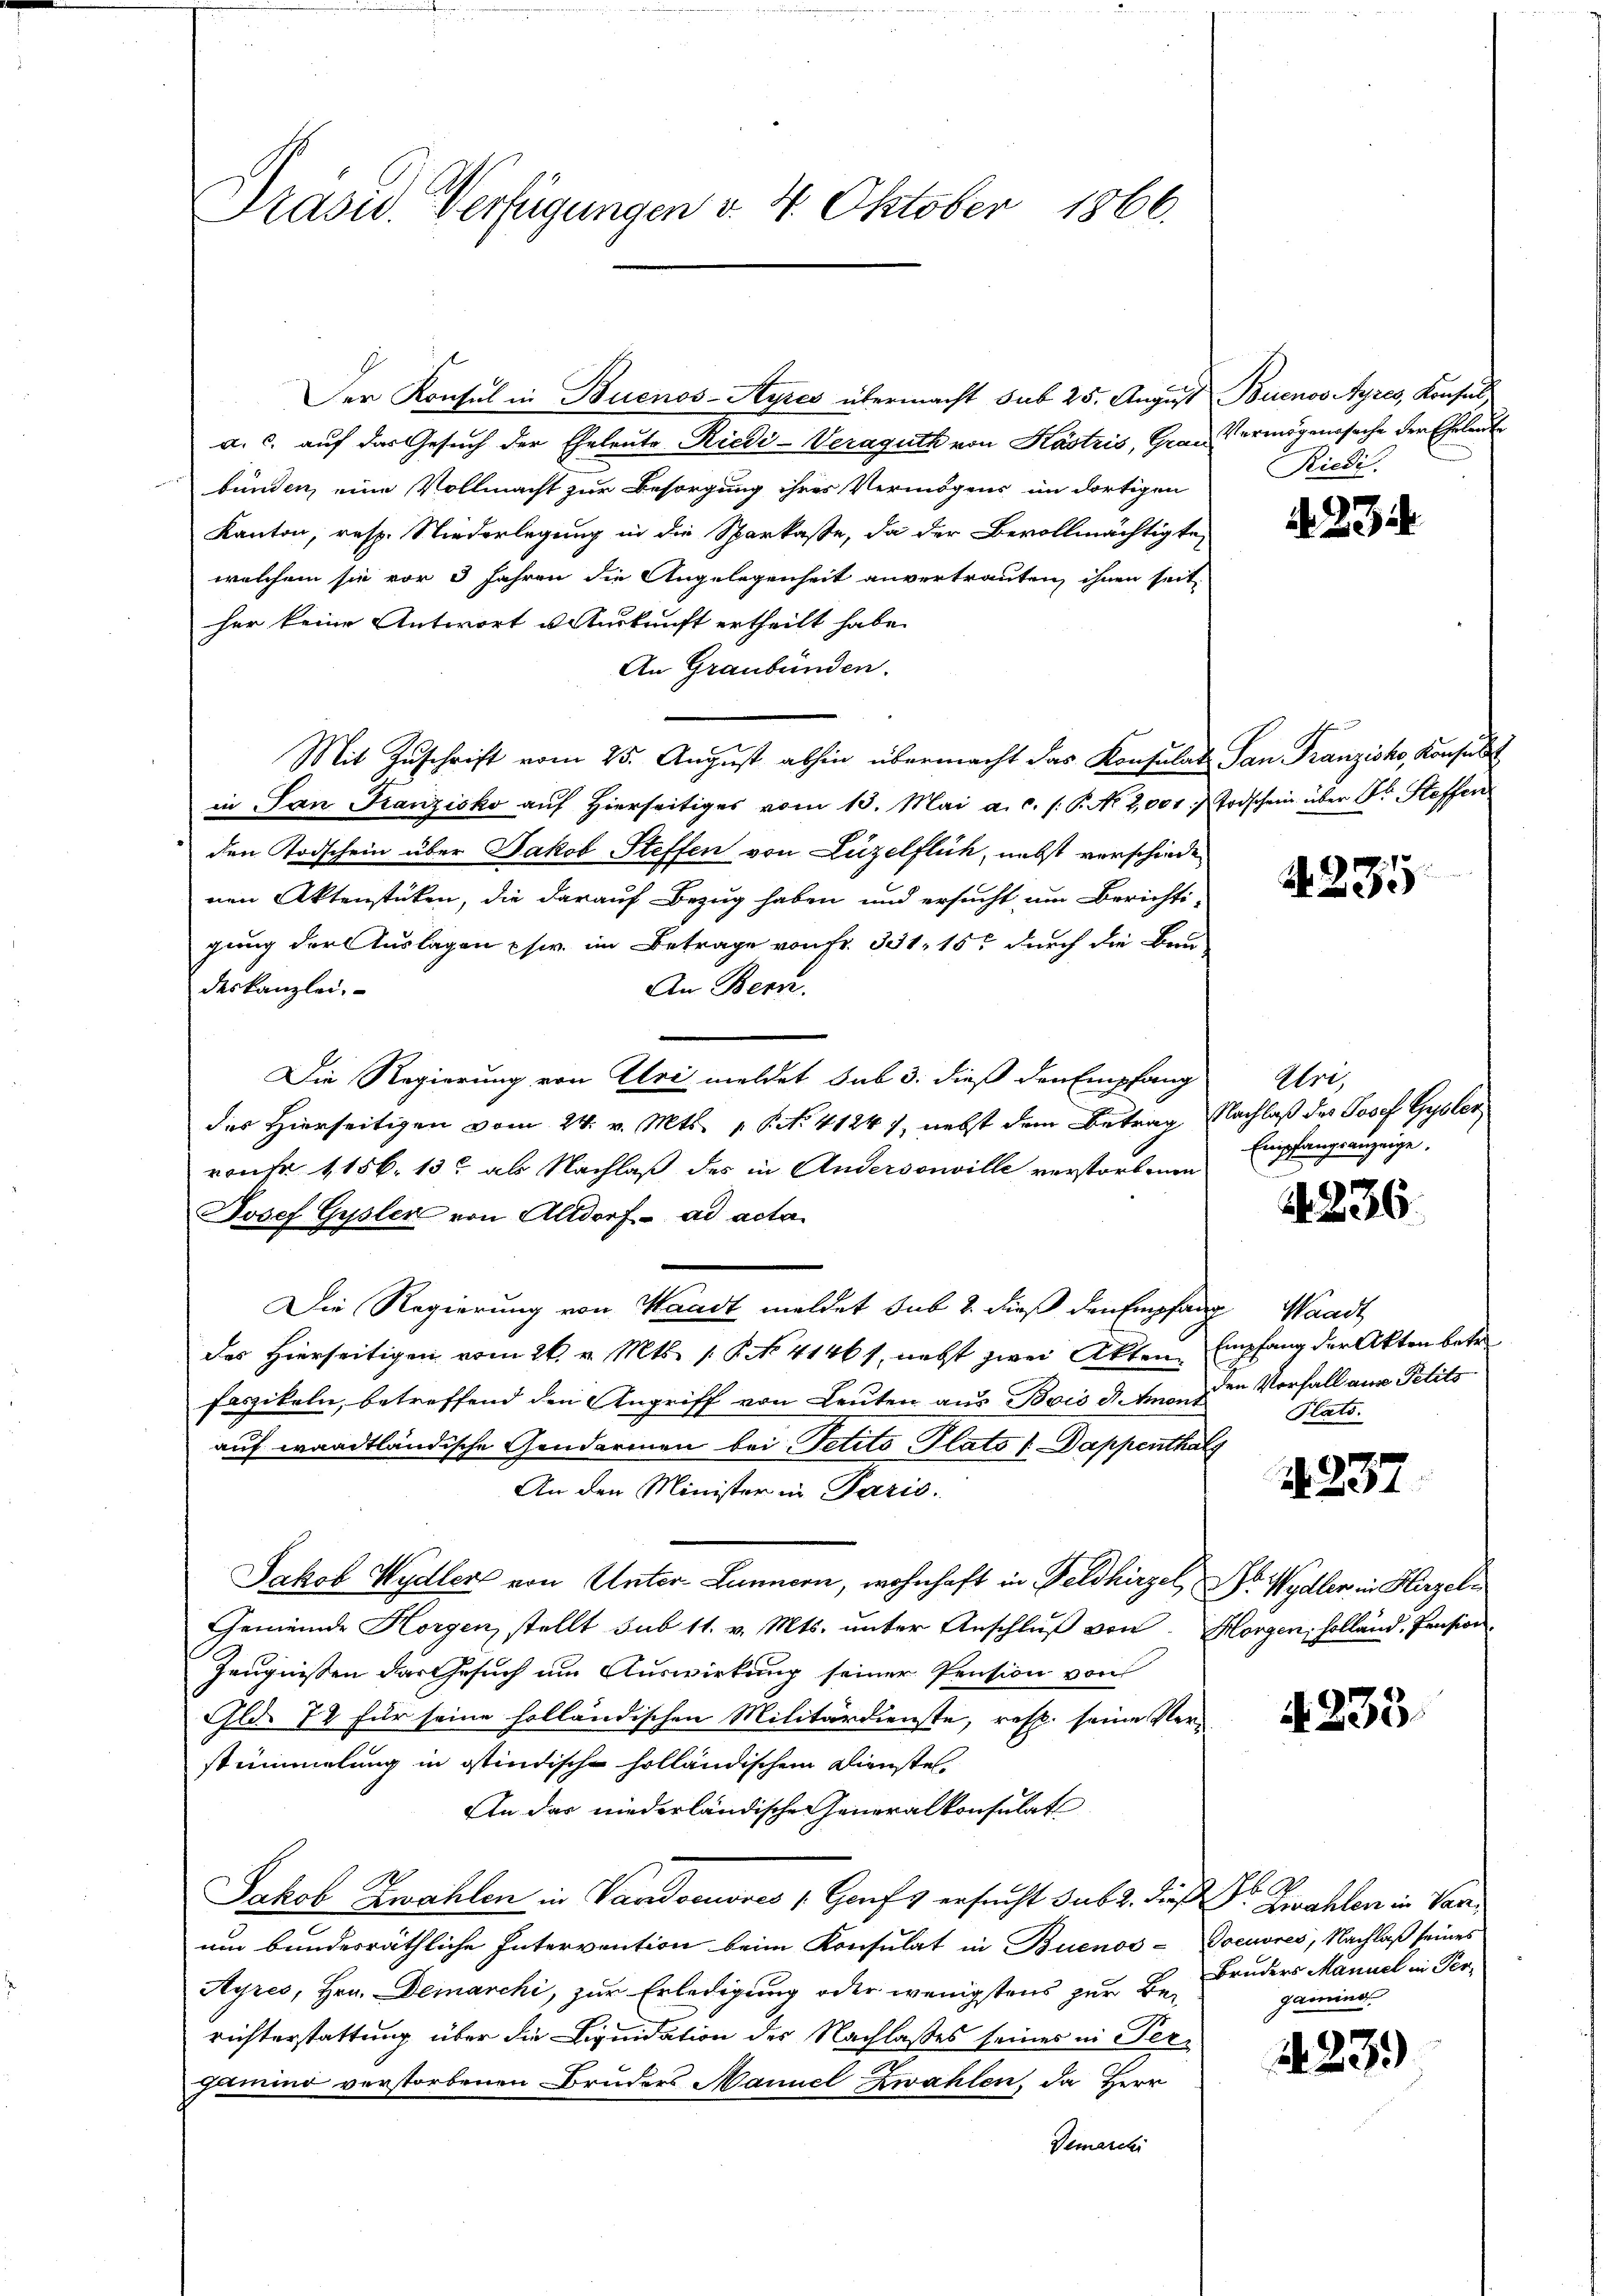
Präsid. Verfügungen v. 4. Oktober 1866.

Der Konsul in Buenos-Ayres übermacht sub 25. August Buenos Ayres, Konsul
a. c. auf das Gesŭch der Eheleute Riedi-Veraguth von Köstris, Grad Vermögenssache der Eheleute
bünden, eine Vollmacht zur Besorgung ihres Vermögens im dortigen
Kanton, resp. Niederlegung in die Sparkasse, da der Bevollmächtigte,
welchem sie vor 3 Jahren die Angelegenheit anvertrauten, ihnen seit
her keine Antwort u. Auskunft ertheilt habe.
An Graubünden.
Mit Zuschrift vom 25. August abhin übermacht das Konsulats San Franzisko, Konsuls
in San Kanzisko auf hierseitiges vom 13. Mai a.c. (: P. Nr. 2,001/
den Todschein über Jakob Steffen von Luzelflich, nebst verschiede
nen Aktenstücken, die darauf Bezug haben und ersucht um Berichti-
gung der Auslagen phw. im Betrage von Fr. 341. 15t durch die Bau
An Bern.
deskanzlei.
Die Regierung von Uri meldet sub 3. dieß den Empfang
des Hierseitigen vom 24. v. Mts. 1 Pct. 41247, nebst dem Betrag Nachlaß des Josef Gysler
ronr 1156. 13 als Nachlaß des in Andersonville verstorbenen
Josef Gysler von Altdorf - ad acta
Die Regierung von Waadt meldet sub 2 dieß den Empfang Waadt
des Hierseitigen vom 26. v. Mts. 1. P. No 4146 f., nebst zwei Akten. Empfang der Akten betr.
faszikeln, betreffend den Angriff von Leuten aus Bois d. tanz in Vorfall aus Petits
auf waadtländische Gendarmen bei Petito Plato / Dappenthal
An den Minister in Paris.
Jakob Wydler von Unter Lunnern, wohnhaft in Feldhirzel, Dr. Wydler in Hirzeln
Gemeinde Horgen, stellt sub 11. v. Mts. unter Anschluß von Horgen, holland, Pension
Zeugnissen das Gesuch um Auswirkung seiner Pension von
Gld. 78 für seine holländischen Militärdienste, resp. seine Ver-
stimmelung in ostindische holländischem Dienstel
An das niederländische eneralkonsulat
Jakob Zwahlen in Vandocuvres (Grufs ersucht sub 2. dieß Dr. Zwahlen in Varum bundesräthliche Intervention beim Konsulat in Buenos-Toeuvres, Nachlaß seines
Ayres, Hrn. Demarchi, zur Erledigung oder wenigstens zur Berichterstattung über die Liquidation der Nachlaßes seines in Pergamino verstorbenen Bruders Mannel Zwahlen, da Herr
Demarchi

Riedi

A. 234

Todschein über Dr. Steffen

A 235

Ohri,
Empfangsanzeige.
de

. 236.

Plats.

d. 237

4235.

.
Bruders Manuel in Pergamine.

Nr. 23.